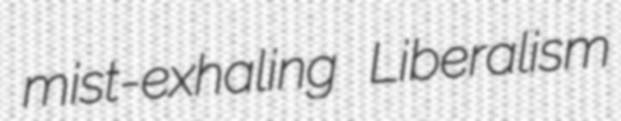
mist-exhaling Liberalism